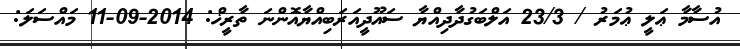
އުސާމާ ޢަލީ ޢުމަރު / 23/3 އަލްބަގުދާދިއްޔާ ސައޫދީއަރަބިއްޔާއޮންނަ ތާރީޚް: 2014-09-11 މައްސަލަ: